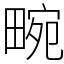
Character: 畹